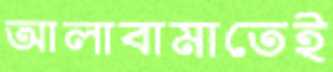
আলাবামাতেই